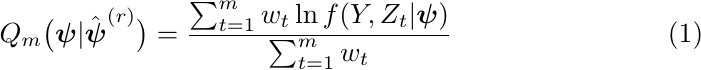
	\begin{equation}
		Q_m\big(\boldsymbol{\psi} | \hat{\boldsymbol{\psi}}^{(r)} \big) = \frac{\sum_{t=1}^{m} w_t \ln f(Y,Z_t | \boldsymbol{\psi})}{\sum_{t=1}^{m}w_t}
	\end{equation}